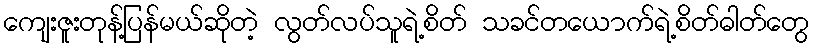
ကျေးဇူးတုန့်ပြန်မယ်ဆိုတဲ့ လွတ်လပ်သူရဲ့စိတ် သခင်တယောက်ရဲ့စိတ်ဓါတ်တွေ